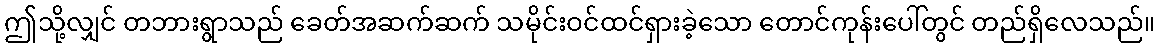
ဤသို့လျှင် တဘားရွာသည် ခေတ်အဆက်ဆက် သမိုင်းဝင်ထင်ရှားခဲ့သော တောင်ကုန်းပေါ်တွင် တည်ရှိလေသည်။